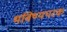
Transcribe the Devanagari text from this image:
भविष्यपरक